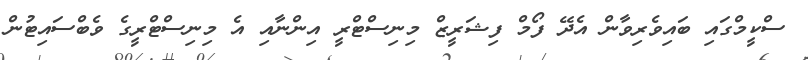
ސްކީމްގައި ބައިވެރިވާން އެދޭ ފޯމް ފިޝަރީޒް މިނިސްޓްރީ އިންނާއި އެ މިނިސްޓްރީގެ ވެބްސައިޓުން